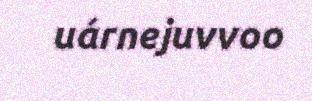
uárnejuvvoo